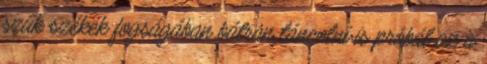
szűk székek fogságában bátran táncolni is próbál az a